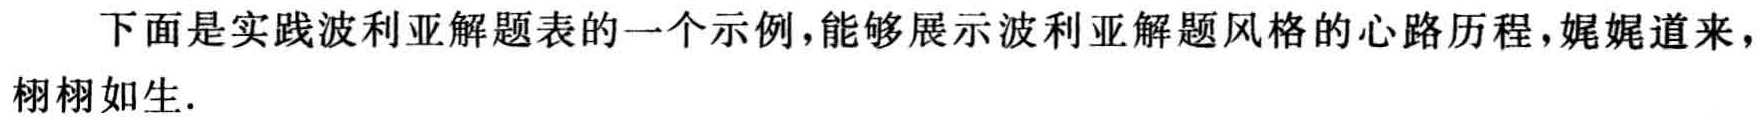
下面是实践波利亚解题表的一个示例，能够展示波利亚解题风格的心路历程，娓娓道来，栩栩如生.